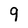
Character: 9